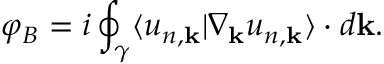
\varphi _ { B } = i \oint _ { \gamma } \langle u _ { n , \mathbf { k } } | \nabla _ { \mathbf { k } } u _ { n , \mathbf { k } } \rangle \cdot d \mathbf { k } .